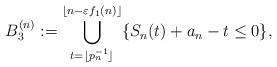
LaTeX: \begin{align*}B_3^{(n)}:=\bigcup_{t=\lfloor p_n^{-1}\rfloor}^{\lfloor n-\varepsilon f_1(n)\rfloor}\{S_n(t)+a_n-t\leq 0\},\end{align*}